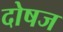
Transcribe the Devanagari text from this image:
दोषज